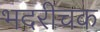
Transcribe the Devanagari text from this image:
भदरीचक